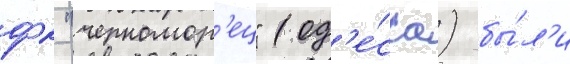
фк "черномор'ец" (од'е́сса) бы́л'и